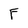
Character: F